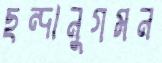
ছন্দানুগমন